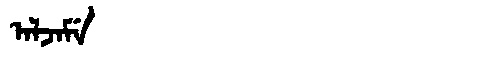
Manchu: ᠠᠯᠵᠠᠮᡝ
Romanization: ALJAME